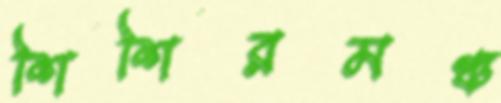
শিশিরমঞ্চ